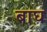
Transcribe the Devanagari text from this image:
बाघ्‍ा